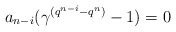
\begin{align*} a_{n-i}(\gamma^{(q^{n-i}-q^n)}-1)=0 \end{align*}